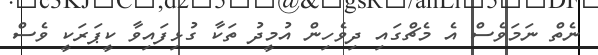
ނެތް ނަމަވެސް އެ މެޗްގައި ދިވެހިން އުމީދު ތަކާ ގުޅިފައިވާ ކީޕަރަކީ ވެސް